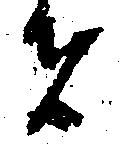
者